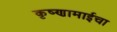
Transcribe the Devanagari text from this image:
कृष्णामाईचा